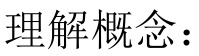
理解概念：